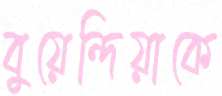
বুয়েন্দিয়াকে